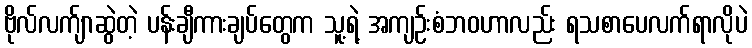
ဗိုလ်လက်ျာဆွဲတဲ့ ပန်းချီကားချပ်တွေက သူ့ရဲ့ အကျဉ်းစံဘဝဟာလည်း ရသစာပေလက်ရာလိုပဲ